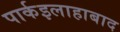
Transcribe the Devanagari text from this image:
पार्कइलाहाबाद